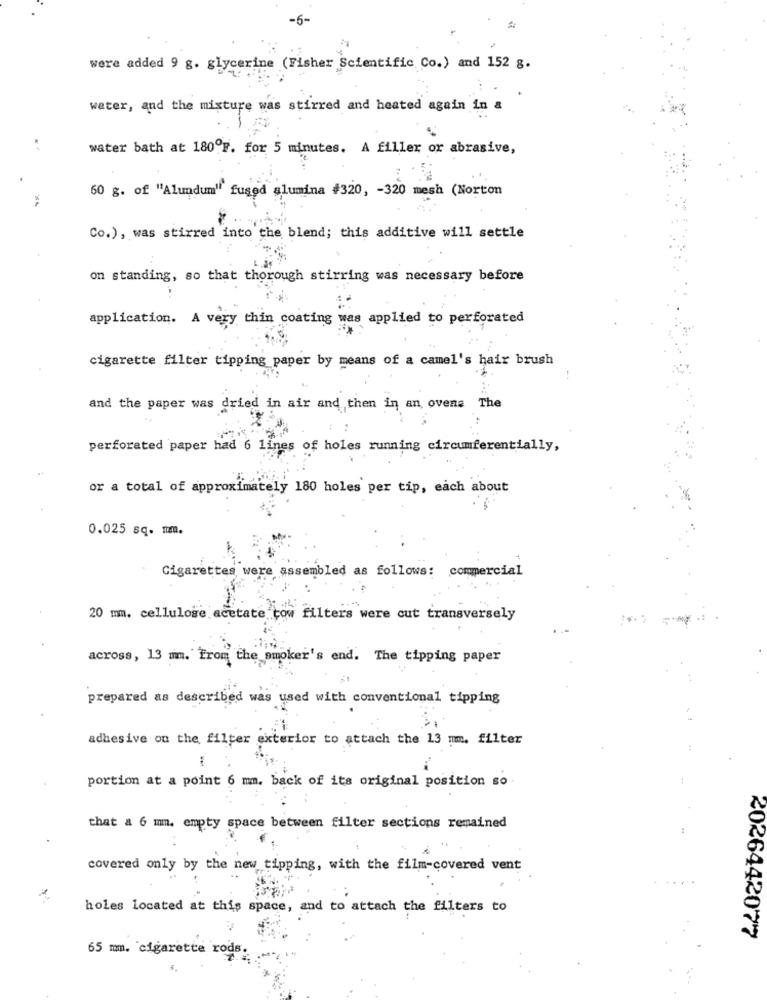
-6-
were added 9 g. glycerine (Fisher Scientific Co.) and 152 g.
water, and the mixture was stirred and heated again in &
water bath at 180ºF. for 5 minutes. A filler or abrasive,
60 g. of "Alundum" fused alumina #320, - 320 mesh (Norton
Co.), was stirred into the blend; this additive will settle
on standing, so that thorough stirring was necessary before
application. A very thin coating was applied to perforated
cigarette filter tipping paper by means of a camel's hair brush
and the paper was dried in air and then in an ovens The
perforated paper had 6 lines of holes running circumferentially,
or a total of approximately 180 holes per tip, each about
0.025 sq. m.
Cigarettes were assembled as follows: commercial
20 mm. cellulose acetate tow filters were cut transversely
-
across, 13 mm. From the smoker's end. The tipping paper
prepared as described was used with conventional tipping
adhesive on the filter exterior to attach the 13 mm. filter
portion at a point 6 mm. back of its original position so
that a 6 mm. empty space between filter sections remained
covered only by the new tipping, with the film-covered vent
holes located at this space, and to attach the filters to
2026442077
65 mm. cigarette rods.